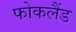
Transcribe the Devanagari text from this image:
फोकलैंड